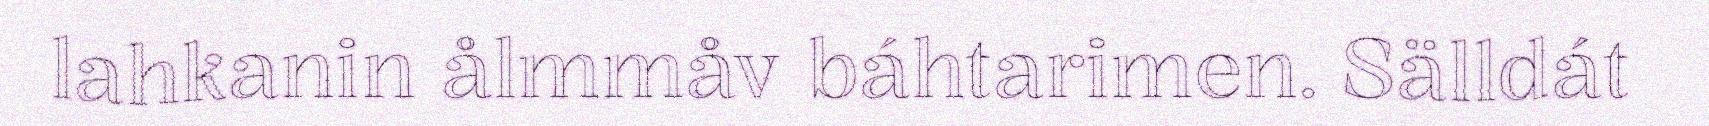
lahkanin ålmmåv báhtarimen. Sälldát